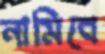
নামিবে